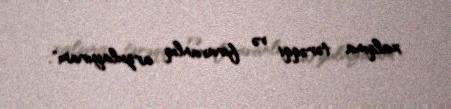
xalqına tərəqqi və firavanlıq arzulayıram".